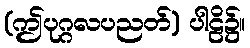
(ဤပုဂ္ဂလပညတ်) ပါဠိ၌။